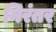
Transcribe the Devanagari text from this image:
निरंतर्